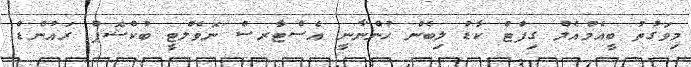
މިވަގުތު ބީއެމްއެލް ގިފްޓް ކާޑު ލިބެން ހުންނާނީ އެސްޓާރސް ނޮވެލްޓީ ބުކްޝޮޕް ރައުންޑް